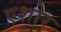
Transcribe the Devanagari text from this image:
एशोर